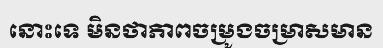
នោះទេ មិនថាភាពចម្រូងចម្រាសមាន